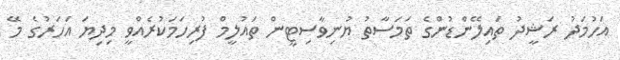
އަހުމަދު ރަޝީދު ތައިލޭންޑުންގެ ތަމަސާތު ޔުނިވާސިޓީން ތައުލީމް ފުރިހަމަކުރެއްވީ މިދިޔަ އަހަރުގެ މޭ